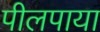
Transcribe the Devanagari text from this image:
पीलपाया